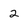
Character: 2